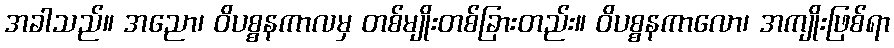
အခါသည်။ အညော၊ ဝိပစ္စနကာလမှ တစ်မျိုးတစ်ခြားတည်း။ ဝိပစ္စနကာလော၊ အကျိုးဖြစ်ရာ